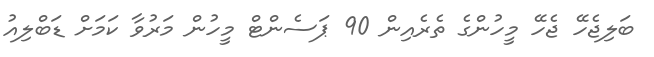
ބަލިޖެހޭ ޖެހޭ މީހުންގެ ތެރެއިން 90 ޕަސެންޓް މީހުން މަރުވާ ކަމަށް ޑަބްލިއު